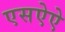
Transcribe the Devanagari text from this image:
एसऐऐ